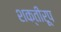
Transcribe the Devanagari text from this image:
शक्तीरूप